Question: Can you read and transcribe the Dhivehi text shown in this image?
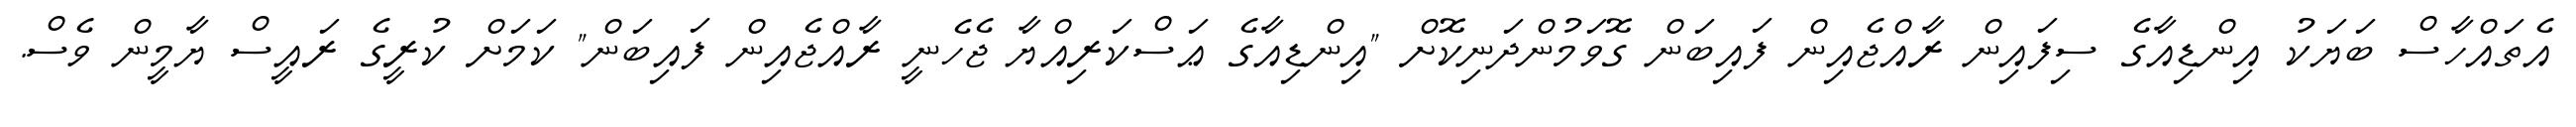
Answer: އެތައްހާސް ބަޔަކު އިންޑިއާގެ ސިފައިން ރާއްޖެއިން ފައިބަން ގޮވަމުންދަނިކޮށް "އިންޑިއާގެ ޢަސްކަރިއްޔާ ޖެހެނީ ރާއްޖެއިން ފައިބަން" ކަމަށް ކުރީގެ ރައީސް ޔާމީން ވެސް.